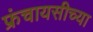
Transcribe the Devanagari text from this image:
फ्रंचायसीच्या